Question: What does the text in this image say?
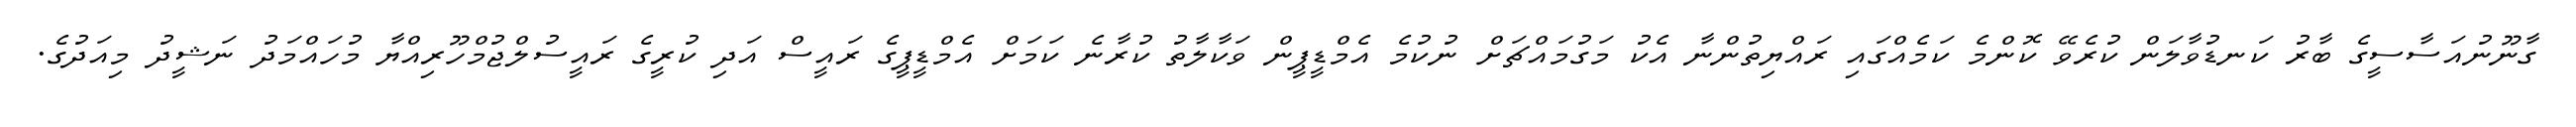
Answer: ގާނޫނުއަސާސީގެ ބާރު ކަނޑުވާލަން ކުރެވޭ ކޮންމެ ކަމެއްގައި ރައްޔިތުންނާ އެކު މަގުމައްޗަށް ނުކުމެ އެމްޑީޕީން ވަކާލާތު ކުރާނެ ކަމަށް އެމްޑީޕީގެ ރައީސް އަދި ކުރީގެ ރައީސުލްޖުމްހޫރިއްޔާ މުހައްމަދު ނަޝީދު މިއަދުގެ.